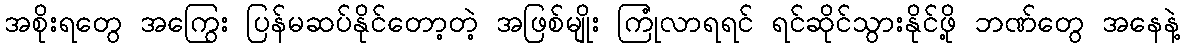
အစိုးရတွေ အကြွေး ပြန်မဆပ်နိုင်တော့တဲ့ အဖြစ်မျိုး ကြုံလာရရင် ရင်ဆိုင်သွားနိုင်ဖို့ ဘဏ်တွေ အနေနဲ့